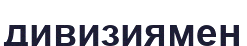
дивизиямен